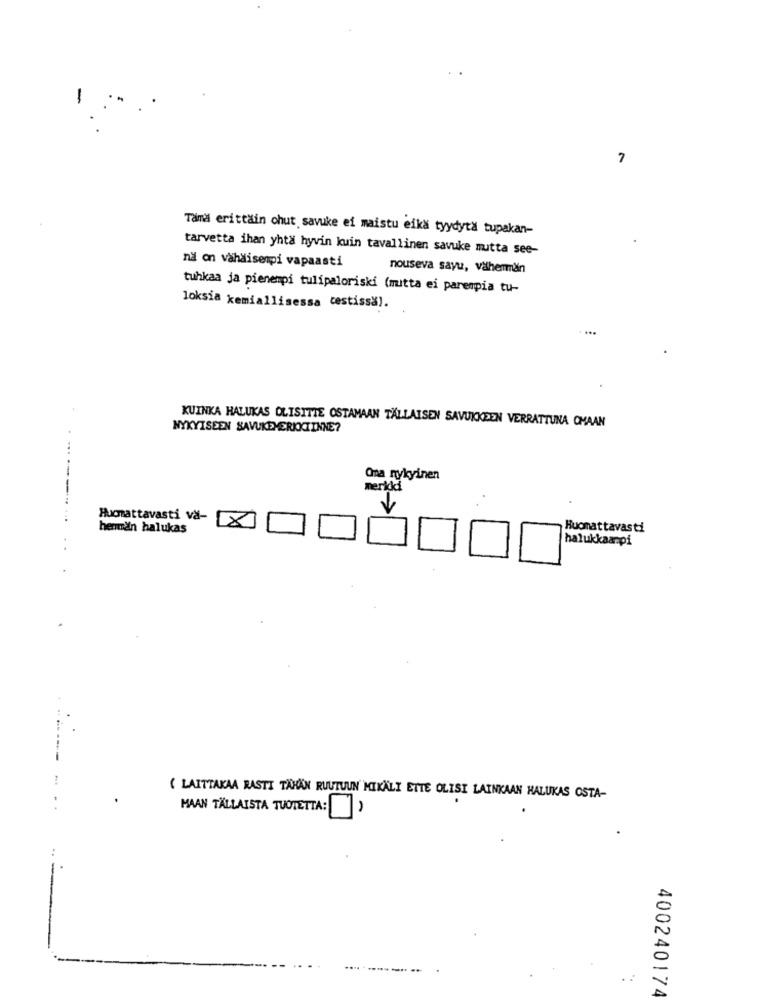
-
7
Tämä erittäin chut savuke ei maistu eika tyydyta tupakan-
tarvetta ihan yhtä hyvin kuin tavallinen savuke mutta see-
na on vähäisenpi vapaasti
nouseva sayu, väherman
tuhkaa ja pienempi tulipaloriski (mitta ei parempia tu-
loksia kemiallisessa cestissa).
....
KUINKA HALUKAS OLISITTE OSTAMAAN TÄLLAISEN SAVUKKEEN VERRATTUNA OMAAN
NYKYISEEN SAVUKEMERKKIINNE?
Ona nykyinen
merkki
------
Huomattavasti vä-
x
herman halukas
Huomattavasti
halukkaanpi
( LAITTAKAA RASTI TAHAN RUUTUUN MIKALI ETTE OLISI LAINKAAN HALUKAS OSTA-
MAAN TÄLLAISTA TUOTETTA: )
400240174